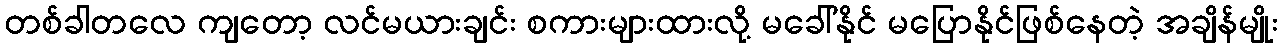
တစ်ခါတလေ ကျတော့ လင်မယားချင်း စကားများထားလို့ မခေါ်နိုင် မပြောနိုင်ဖြစ်နေတဲ့ အချိန်မျိုး